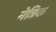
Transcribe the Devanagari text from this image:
नेत्रिक